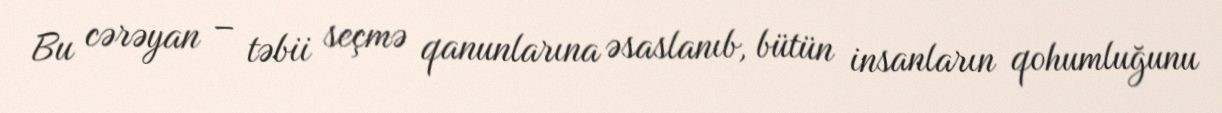
Bu cərəyan – təbii seçmə qanunlarına əsaslanıb, bütün insanların qohumluğunu